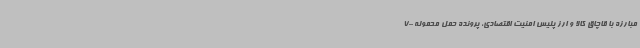
مبارزه با قاچاق کالا و ارز پلیس امنیت اقتصادی، پرونده حمل محموله 700